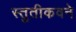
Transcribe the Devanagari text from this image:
स्तुतीकवने